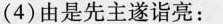
(4)由是先主遂诣亮：